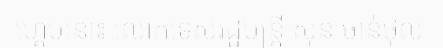
ហ្គេមនោះ លោកទេសរដ្ឋមន្ត្រី ស៊ុន ចាន់ថុល